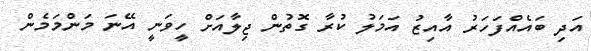
އަދި ބައެއްފަހަރު އާއިޒު އަމަލު ކުރާ ގޮތުން ޖިލާއަށް ހީވަނީ އޭނަ މަންމަމެން